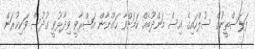
ފަލަސްތީނުގެ ސުލްހައިގެ އިސް މަންދޫބެއް ކަމަށްވާ ހައްނާން އަޝްރާވީ ވިދާޅުވީ ގުދުސް ވަކިކުރަން